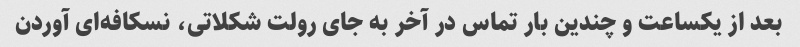
بعد از یکساعت و چندین بار تماس در آخر به جای رولت شکلاتی، نسکافه‌ای آوردن